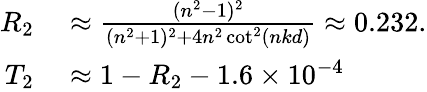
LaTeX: \begin{array}{rl}{R_{2}}&{{}\approx\frac{(n^{2}-1)^{2}}{(n^{2}+1)^{2}+4n^{2}\cot^{2}(nkd)}\approx 0.232.}\\ {T_{2}}&{{}\approx 1-R_{2}-1.6\times 10^{-4}}\end{array}